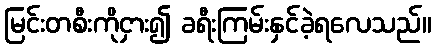
မြင်းတစီးကိုငှား၍ ခရီးကြမ်းနှင်ခဲ့ရလေသည်။